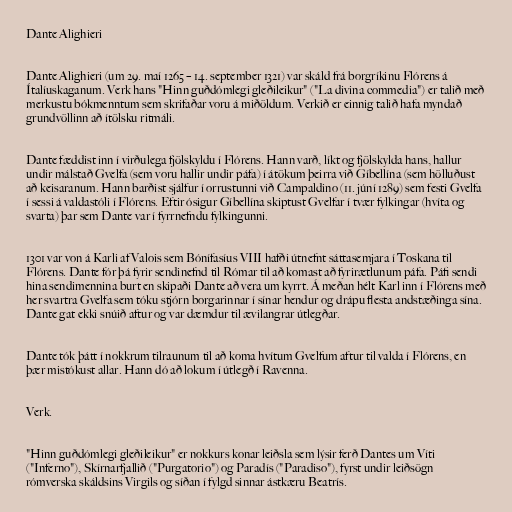
Dante Alighieri

Dante Alighieri (um 29. maí 1265 – 14. september 1321) var skáld frá borgríkinu Flórens á
Ítalíuskaganum. Verk hans "Hinn guðdómlegi gleðileikur" ("La divina commedia") er talið með
merkustu bókmenntum sem skrifaðar voru á miðöldum. Verkið er einnig talið hafa myndað
grundvöllinn að ítölsku ritmáli.

Dante fæddist inn í virðulega fjölskyldu í Flórens. Hann varð, líkt og fjölskylda hans, hallur
undir málstað Gvelfa (sem voru hallir undir páfa) í átökum þeirra við Gíbellína (sem hölluðust
að keisaranum. Hann barðist sjálfur í orrustunni við Campaldino (11. júní 1289) sem festi Gvelfa
í sessi á valdastóli í Flórens. Eftir ósigur Gíbellína skiptust Gvelfar í tvær fylkingar (hvíta og
svarta) þar sem Dante var í fyrrnefndu fylkingunni.

1301 var von á Karli af Valois sem Bónífasíus VIII hafði útnefnt sáttasemjara í Toskana til
Flórens. Dante fór þá fyrir sendinefnd til Rómar til að komast að fyrirætlunum páfa. Páfi sendi
hina sendimennina burt en skipaði Dante að vera um kyrrt. Á meðan hélt Karl inn í Flórens með
her svartra Gvelfa sem tóku stjórn borgarinnar í sínar hendur og drápu flesta andstæðinga sína.
Dante gat ekki snúið aftur og var dæmdur til ævilangrar útlegðar.

Dante tók þátt í nokkrum tilraunum til að koma hvítum Gvelfum aftur til valda í Flórens, en
þær mistókust allar. Hann dó að lokum í útlegð í Ravenna.

Verk.

"Hinn guðdómlegi gleðileikur" er nokkurs konar leiðsla sem lýsir ferð Dantes um Víti
("Inferno"), Skírnarfjallið ("Purgatorio") og Paradís ("Paradiso"), fyrst undir leiðsögn
rómverska skáldsins Virgils og síðan í fylgd sinnar ástkæru Beatrís.